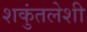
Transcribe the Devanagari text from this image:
शकुंतलेशी